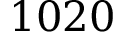
1 0 2 0